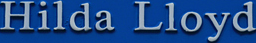
Hilda Lioyd